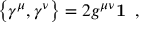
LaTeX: \left\lbrace \gamma ^ { \mu } , \gamma ^ { \nu } \right\rbrace = 2 g ^ { \mu \nu } { \bf 1 } \; \; ,